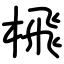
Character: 榌